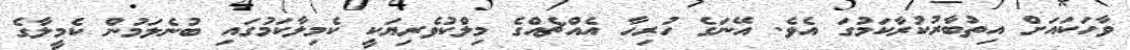
ވާހަކައަށް އިތުބާރުކުރާކަމުގަ އެވެ. އޭނަގެ ހުރިހާ އެއްޗެއްގެ މިލްކުވެރިޔަކީ ކެމިލާކަމުގައި ބުނެލަމުން ކެމީލާގެ